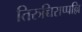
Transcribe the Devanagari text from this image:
तिरुच्चिराप्पल्लि